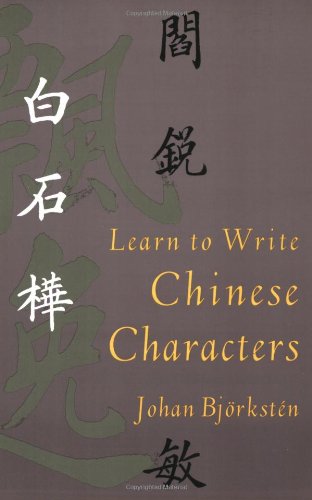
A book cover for Learn to Write Chinese Characters (Yale Language Series); Johan BjÃ¶rkstÃ©n; Arts & Photography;